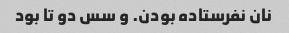
نان نفرستاده بودن. و سس دو تا بود